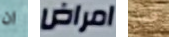
ان امراض فعل